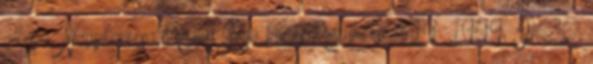
alkotja: Nagykanizsa Megyei Jogú Város Közgyűlése a 19 1999. IV.30.